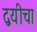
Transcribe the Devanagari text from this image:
द्वयीचा